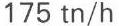
175 tn/h